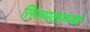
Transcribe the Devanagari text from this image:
तिरुमलमम्ब